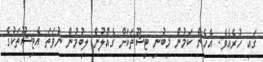
ގައި ހުރެއެވެ. އެހެން ކަމުން މިބުނި ޓިޝޫތަކަށް ގެއްލުން ލިބުމުން ނުވަތަ އެޓިޝޫތަކުގެ